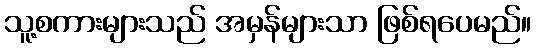
သူ့စကားများသည် အမှန်များသာ ဖြစ်ရပေမည်။